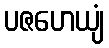
ပဇဟေယျံ